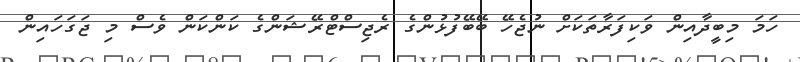
ހަމަ މިބީދާއިން ވަކިފަރާތަކަށް ނުޖެހޭ ބޭބޭފުޅުންގެ ރެޖިސްޓްރޭޝަންގެ ކަންކަން ވެސް މި ޖަގަހައިން